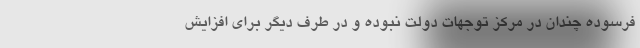
فرسوده چندان در مرکز توجهات دولت نبوده و در طرف دیگر برای افزایش